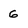
Character: 6